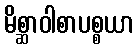
မိစ္ဆာဝါစာပစ္စယာ